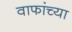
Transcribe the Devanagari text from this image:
वाफांच्या